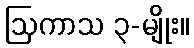
ဩကာသ ၃-မျိုး။